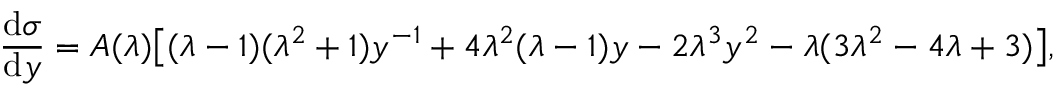
\frac { \mathrm { d } \sigma } { \mathrm { d } y } = A ( \lambda ) \displaystyle { \left[ ( \lambda - 1 ) ( \lambda ^ { 2 } + 1 ) y ^ { - 1 } + 4 \lambda ^ { 2 } ( \lambda - 1 ) y - 2 \lambda ^ { 3 } y ^ { 2 } - \lambda ( 3 \lambda ^ { 2 } - 4 \lambda + 3 ) \right] } ,